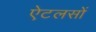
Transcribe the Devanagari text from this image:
ऐटलसों